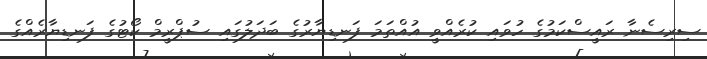
ސިރިސެނާ ރައީސްކަމުގެ ހުވައި ކުރެއްވީ އުއްތަމަ ފަނޑިޔާރުގެ ބަދަލުގައި ސުޕްރީމް ކޯޓުގެ ފަނޑިޔާރެއްގެ